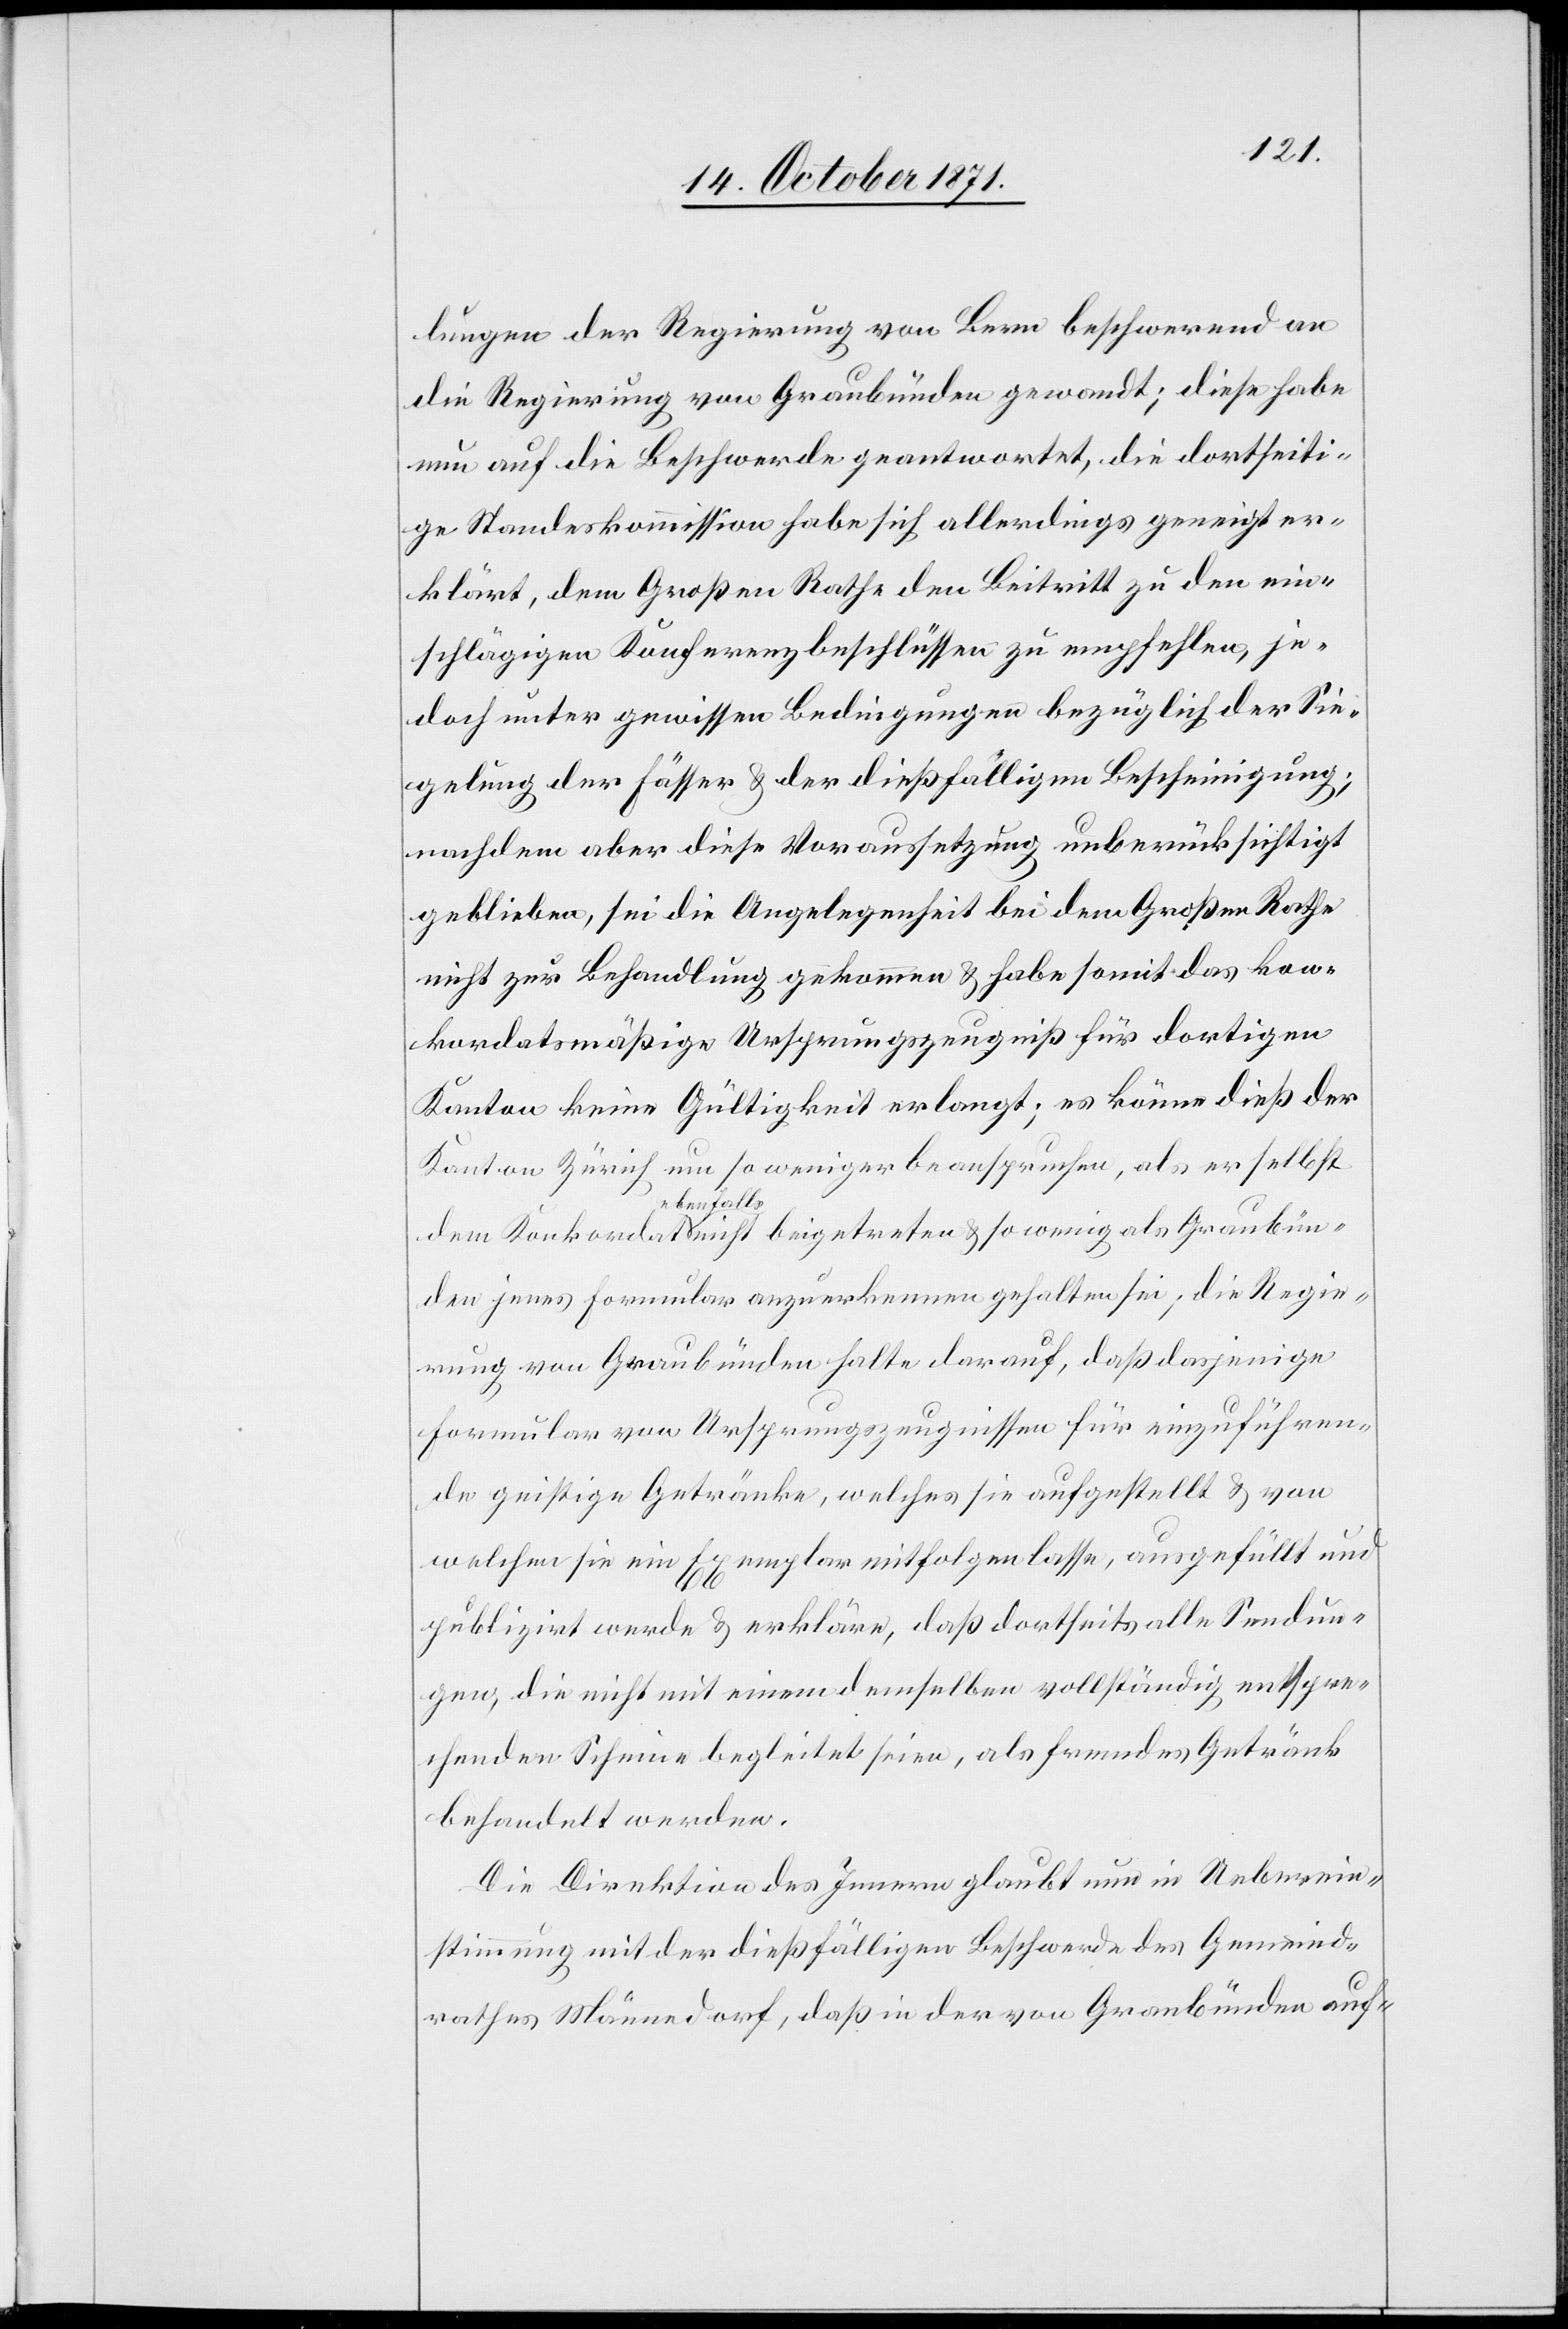
Graub¬
lungen der Regierung von Bern beschwerend an
die Regierung von Graubünden gewandt; diese habe
nun auf die Beschwerde geantwortet, die dortseiti¬
ge Standeskommission habe sich allerdings geneigt er¬
klärt, dem Großen Rathe den Beitritt zu den ein¬
schlägigen Konferenzbeschlüssen zu empfehlen, je¬
doch unter gewissen Bedingungen bezüglich der Sie¬
gelung der Fässer & der dießfälligen Bescheinigung;
nachdem aber diese Voraussetzung unberücksichtigt
geblieben, sei die Angelegenheit bei dem Großen Rathe
nicht zur Behandlung gekommen & habe somit das kon¬
kordatsmäßige Ursprungszeugniß für dortigen
Kanton keine Gültigkeit erlangt; es könne dieß der
Kanton Zürich um so weniger beanspruchen, als er selbst
ebenfalls
ünden jenes Formular anzuerkennen gehalten sei; die Regie¬
rung von Graubünden halte darauf, daß dasjenige
Formular von Ursprungszeugnissen für einzuführen¬
de geistige Getränke, welches sie aufgestellt & von
welchen sie ein Exemplar mitfolgen lasse, ausgefüllt und
publizirt werde & erkläre, daß dortseits alle Sendun¬
gen, die nicht mit einem demselben vollständig entspre¬
chenden Scheine begleitet seien, als fremdes Getränk
behandelt werden.
Die Direktion des Innern glaubt nun in Ueberein¬
stimmung mit der dießfälligen Beschwerde des Bezirks¬
rathes Männedorf, daß in der von Graubünden auf-